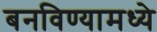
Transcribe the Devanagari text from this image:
बनविण्यामध्ये